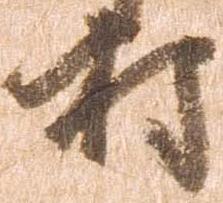
村